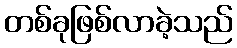
တစ်ခုဖြစ်လာခဲ့သည်